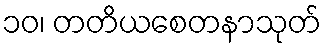
၁၀၊ တတိယစေတနာသုတ်